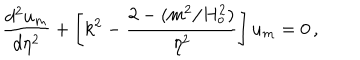
{ \frac { d ^ { 2 } u _ { m } } { d \eta ^ { 2 } } } + \left[ k ^ { 2 } - { \frac { 2 - ( m ^ { 2 } / H _ { o } ^ { 2 } ) } { \eta ^ { 2 } } } \right] u _ { m } = 0 \, ,